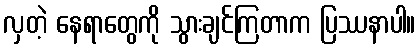
လှတဲ့ နေရာတွေကို သွားချင်ကြတာက ပြဿနာပါ။